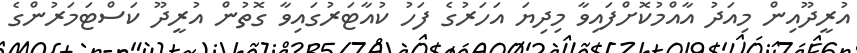
އުރީދޫއިން މިއަދު އާއްމުކޮށްފައިވާ މިިދިޔަ އަހަރުގެ ފަހު ކުއާޓަރުގައިވާ ގޮތުން އުރީދޫ ކަސްޓަމަރުންގެ